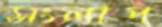
সংলাপ